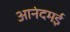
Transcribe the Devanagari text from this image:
आनंदमई